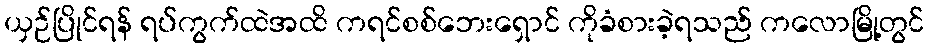
ယှဉ်ပြိုင်ရန် ရပ်ကွက်ထဲအထိ ကရင်စစ်ဘေးရှောင် ကိုခံစားခဲ့ရသည် ကလောမြို့တွင်